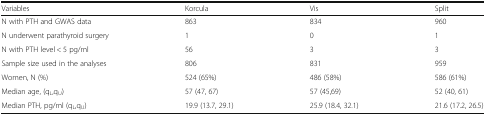
| Variables | Korcula | Vis | Split |
 | --- | --- | --- | --- |
 | N with PTH and GWAS data | 863 | 834 | 960 |
 | N underwent parathyroid surgery | 1 | 0 | 1 |
 | N with PTH level < 5 pg/ml | 56 | 3 | 3 |
 | Sample size used in the analyses | 806 | 831 | 959 |
 | Women, N (%) | 524 (65%) | 486 (58%) | 586 (61%) |
 | Median age, (qL,qU) | 57 (47, 67) | 57 (45,69) | 52 (40, 61) |
 | Median PTH, pg/ml (qL,qU) | 19.9 (13.7, 29.1) | 25.9 (18.4, 32.1) | 21.6 (17.2, 26.5) |